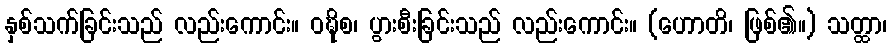
နှစ်သက်ခြင်းသည် လည်းကောင်း။ ဝဍ္ဎိစ၊ ပွားစီးခြင်းသည် လည်းကောင်း။ (ဟောတိ၊ ဖြစ်၏။) သတ္ထာ၊